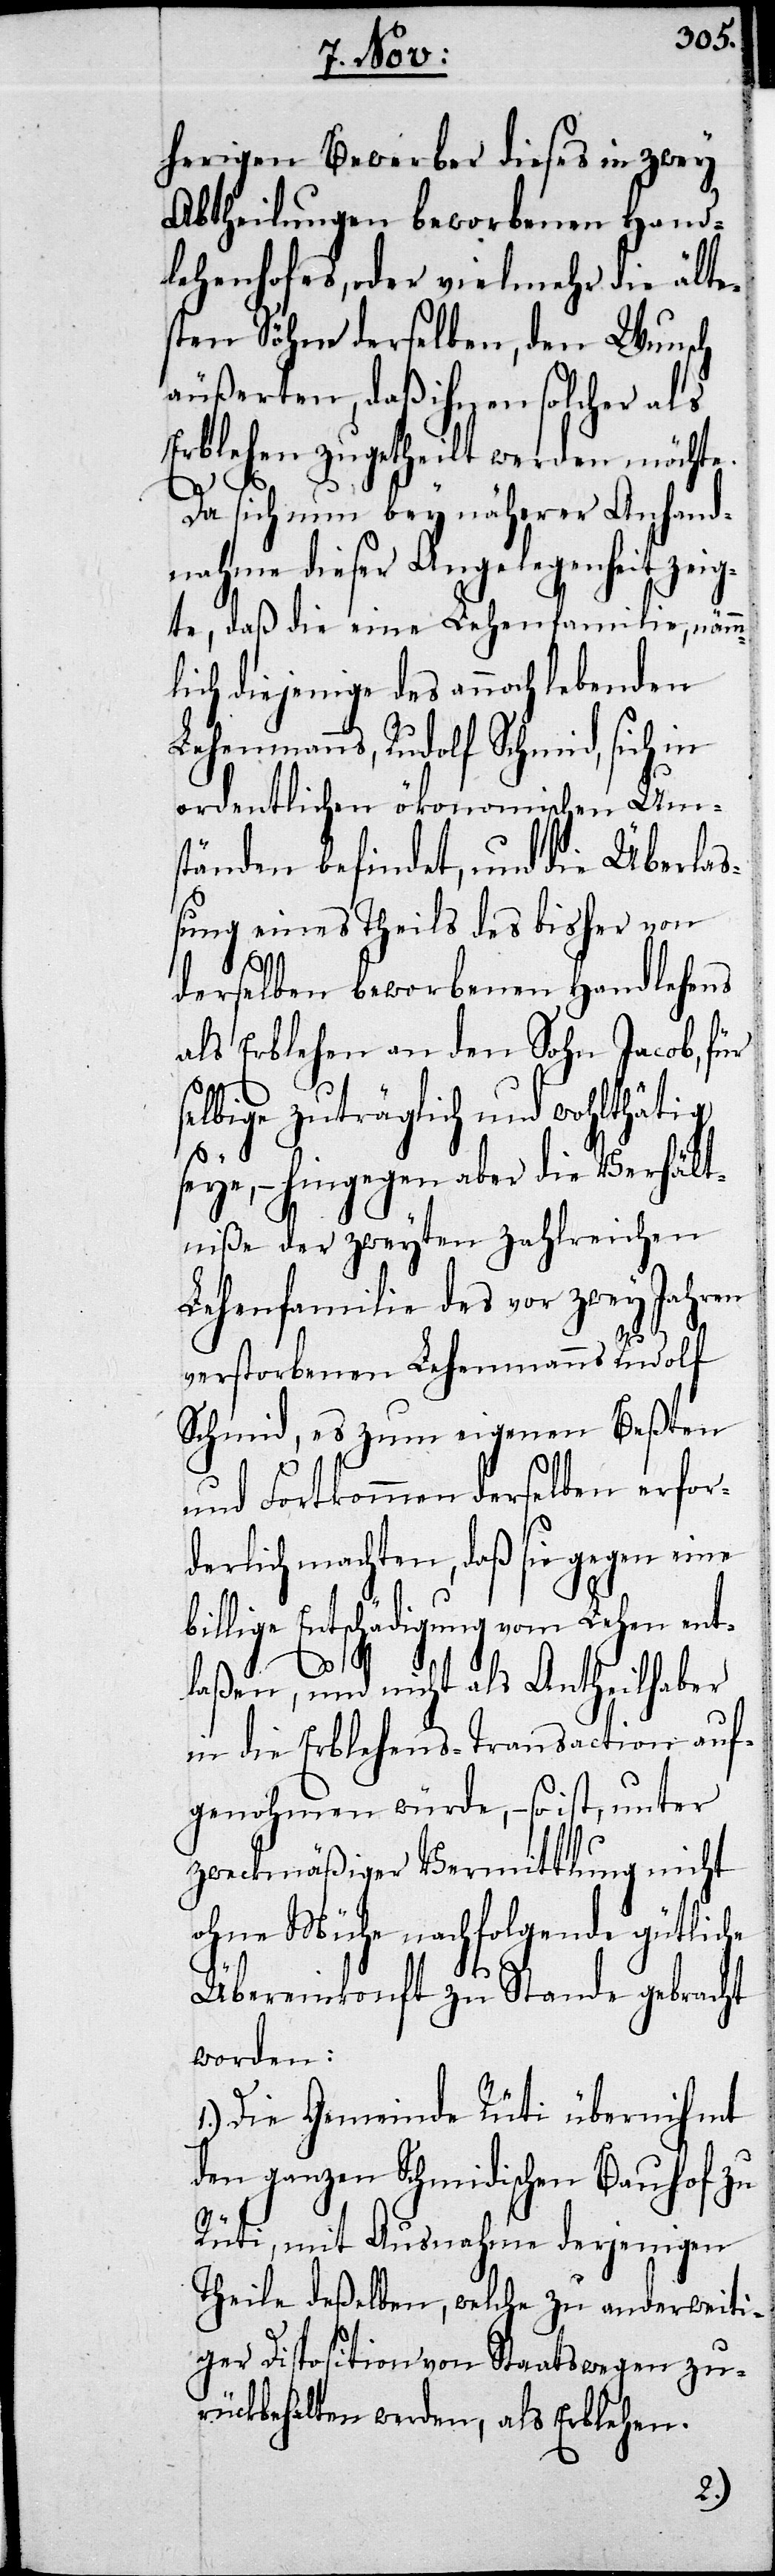
herigen Bewerber dieses in zwey
Abtheilungen beworbenen Hand¬
lehenhofes, oder vielmehr die älte¬
sten Söhne derselben, den Wun¬
äußereten, daß ihnen solcher als
Erblehenhof zugetheilt werden möchte.
Da sich nun bey näherer Anhand¬
nahme dieser Angelegenheit zei¬
gte, daß die eine Lehenfamilie, nämm¬
lich diejenige des annoch lebenden
Lehenmanns, Rudolf Schmid, sich in
ordentlichen öconomischen Um¬
ständen befindet, und die Überlaß¬
ung eines Theils des bisher von
derselben beworbenen Handlehens
als Erblehen an den Sohn Jacob, für
selbige zuträglich und wohlthätig
bi¬
seye, – hingegen aber die Verhält¬
niße der zweyten zahlreichen
Lehenfamilie des vor zwey Jahren
verstorbenen Lehenmanns Rudolf
Schmid, es zum eigenen Beßten
und Fortkommen derselben erfor¬
derlich machten, daß sie gegen eine
llige Entschädigung vom Lehen ent¬
laßen, und nicht als Antheilhaber
in die Erblehens-Transaction auf¬
genohmen würde, – so ist, unter
zweckmäßiger Vermittlung nicht
ohne Mühe nachfolgende gütliche
Übereinkonft zu Stande gebracht
worden:
1.) Die Gemeinde Rüti übernihmt
den ganzen Schmidischen Bauhof zu
Rüti, mit Ausnahme derjenigen
Theile deßelben, welche zu anderweiti¬
ger Disposition von Staats wegen zu¬
rückbehalten werden, als Erblehen.